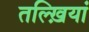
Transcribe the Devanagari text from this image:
तल्ख़ियां